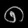
Digit: ၈